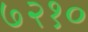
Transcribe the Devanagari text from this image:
७२१०